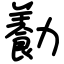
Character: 㔦